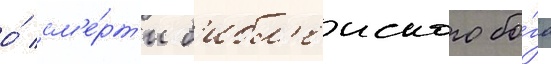
о́ см'е́рт'и б'ибл'еиского бо́га